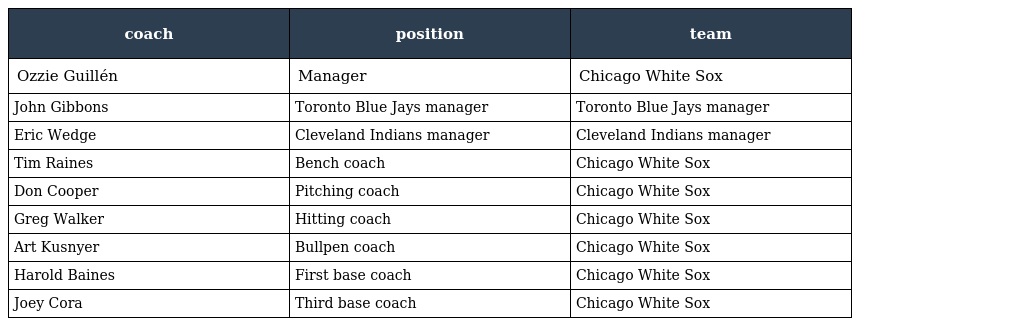
| coach | position | team |
 | --- | --- | --- |
 | Ozzie Guillén | Manager | Chicago White Sox |
 | John Gibbons | Toronto Blue Jays manager | Toronto Blue Jays manager |
 | Eric Wedge | Cleveland Indians manager | Cleveland Indians manager |
 | Tim Raines | Bench coach | Chicago White Sox |
 | Don Cooper | Pitching coach | Chicago White Sox |
 | Greg Walker | Hitting coach | Chicago White Sox |
 | Art Kusnyer | Bullpen coach | Chicago White Sox |
 | Harold Baines | First base coach | Chicago White Sox |
 | Joey Cora | Third base coach | Chicago White Sox |